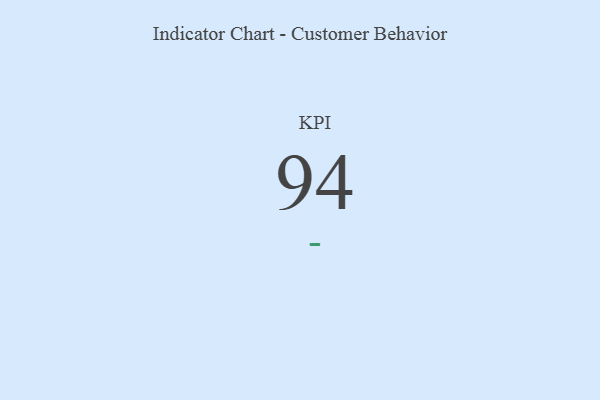
{"axis": {"x": "KPI", "y": "Value"}, "legend": [""], "data": [{"x": "KPI", "y": 94, "type": ""}]}